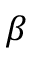
\beta